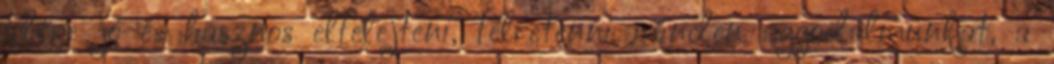
időre jó és hasznos elfelejteni, félretenni minden aggodalmunkat, a